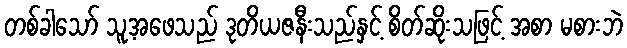
တစ်ခါသော် သူ့အဖေသည် ဒုတိယဇနီးသည်နှင့် စိတ်ဆိုးသဖြင့် အစာ မစားဘဲ